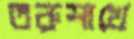
তরুশাখে